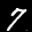
Label: 7